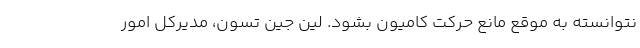
نتوانسته به موقع مانع حرکت کامیون بشود. لین جین تسون، مدیرکل امور